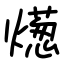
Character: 燪